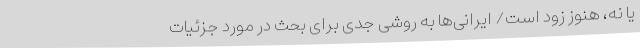
یا نه، هنوز زود است/ ایرانی‌ها به روشی جدی برای بحث در مورد جزئیات